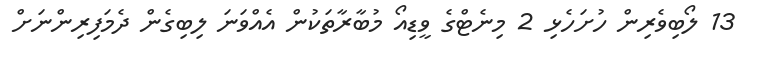
13 ލޯބިވެރިން ހުށަހެޅި 2 މިނެޓްގެ ވީޑިއޯ މުބާރާތަކުން އެއްވަނަ ލިބިގެން ދެމަފިރިންނަށް